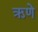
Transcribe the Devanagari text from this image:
ऋणे